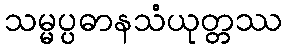
သမ္မပ္ပဓာနသံယုတ္တဿ